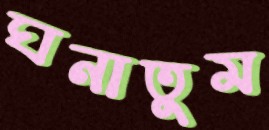
ঘনাতুম